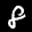
Label: 8